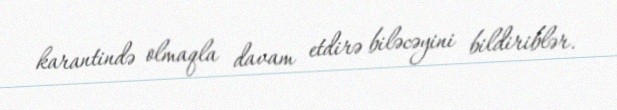
karantində olmaqla davam etdirə biləcəyini bildiriblər.